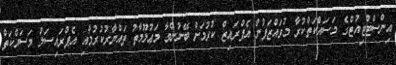
އިންސްޓްޓިއުޓްގެ މަސައްކަތްކުރާ މުވައްޒަފުން އެޕްރައިޒް ކުރުމަށް ބޭނުންވާ މަޢުލޫމާތު ތައްޔާރުކުރުމާއި އެޕްރައިސަލް މަސައްކަތް